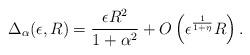
LaTeX: \begin{align*}\Delta_{\alpha}(\epsilon,R) = \frac{\epsilon R^{2}}{1+\alpha^{2}}+O\left(\epsilon^{\frac{1}{1+\eta}} R\right).\end{align*}